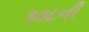
૧૦૮ની